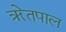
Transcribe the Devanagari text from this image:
ॠेतपाल